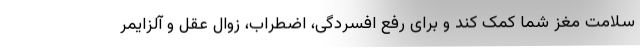
سلامت مغز شما کمک کند و برای رفع افسردگی، اضطراب، زوال عقل و آلزایمر